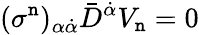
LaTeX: (\sigma^{\mathtt{n}})_{\alpha\dot{{\alpha}}}\bar{{D}}^{\dot{{\alpha}}}V_{\mathtt{n}}=0